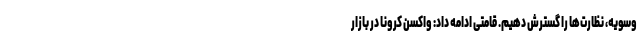
وسویه، نظارت‌ها را گسترش دهیم. قامتی ادامه داد: واکسن کرونا در بازار